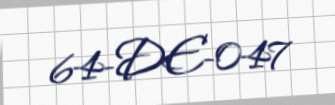
64-DE-047